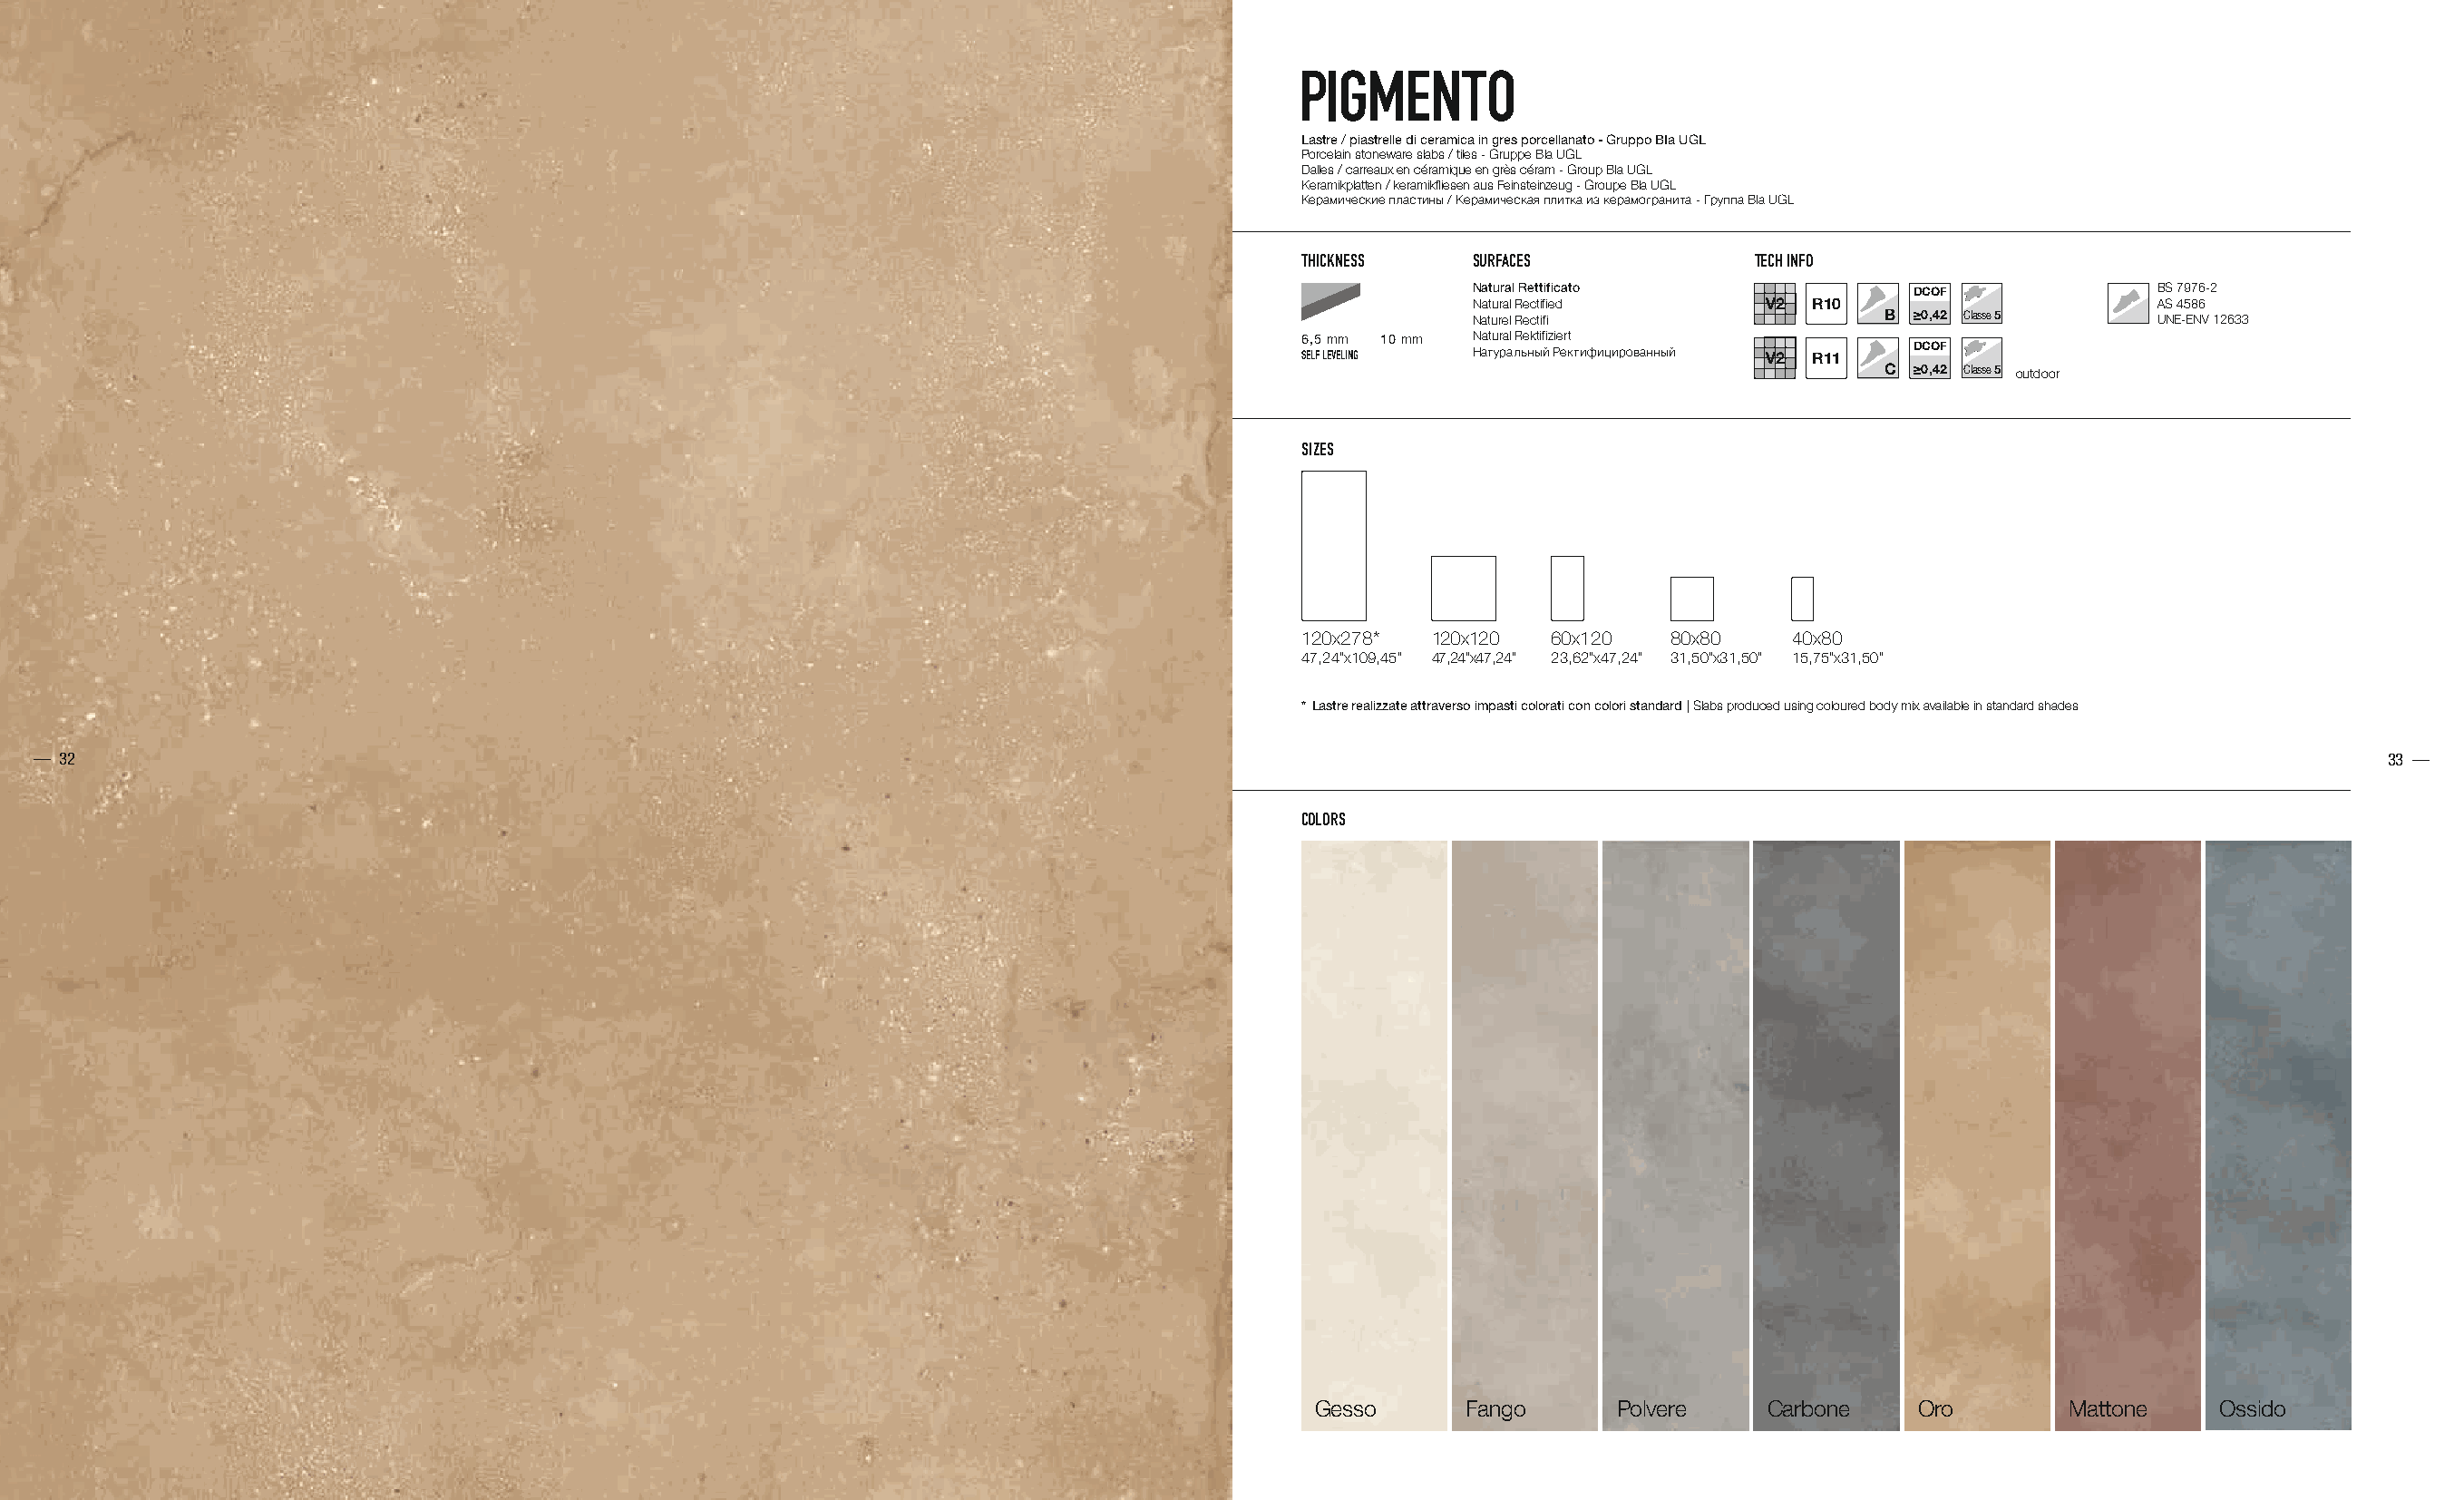
PIGMENTO
 Lastre / piastrelle di ceramica in gres porcellanato - Gruppo BIa UGL
 Porcelain stoneware slabs / tiles - Gruppe BIa UGL
 Dalles / carreaux en céramique en grès céram - Group BIa UGL
 Keramikplatten / keramikfliesen aus Feinsteinzeug - Groupe BIa UGL
 Керамические пластины / Керамическая плитка из керамогранита - Группа BIa UGL
 THICKNESS   SURFACES             TECH INFO
 Natural Rettificato              DCOF             BS 7976-2
 Natural Rectified        R10                      AS 4586
 Naturel Rectifi                B ≥0,42 Classe 5   UNE-ENV 12633
 6,5 mm 10 mm Natural Rektifiziert
 SELF LEVELING Натуральный Ректифицированный R11 DCOF
 C ≥0,42 Classe 5 outdoor
 SIZES
 120x278* 120x120  60x120   80x80    40x80
 47,24”x109,45” 47,24”x47,24” 23,62”x47,24” 31,50”x31,50” 15,75”x31,50”
 * Lastre realizzate attraverso impasti colorati con colori standard | Slabs produced using coloured body mix available in standard shades
 MACRO PRODOTTO
 — 32                                                                                                                                                                        33 —
 COLORS
 Gesso      Fango      Polvere    Carbone    Oro        Mattone    Ossido